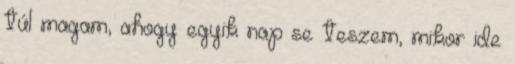
túl magam, ahogy egyik nap se teszem, mikor ide